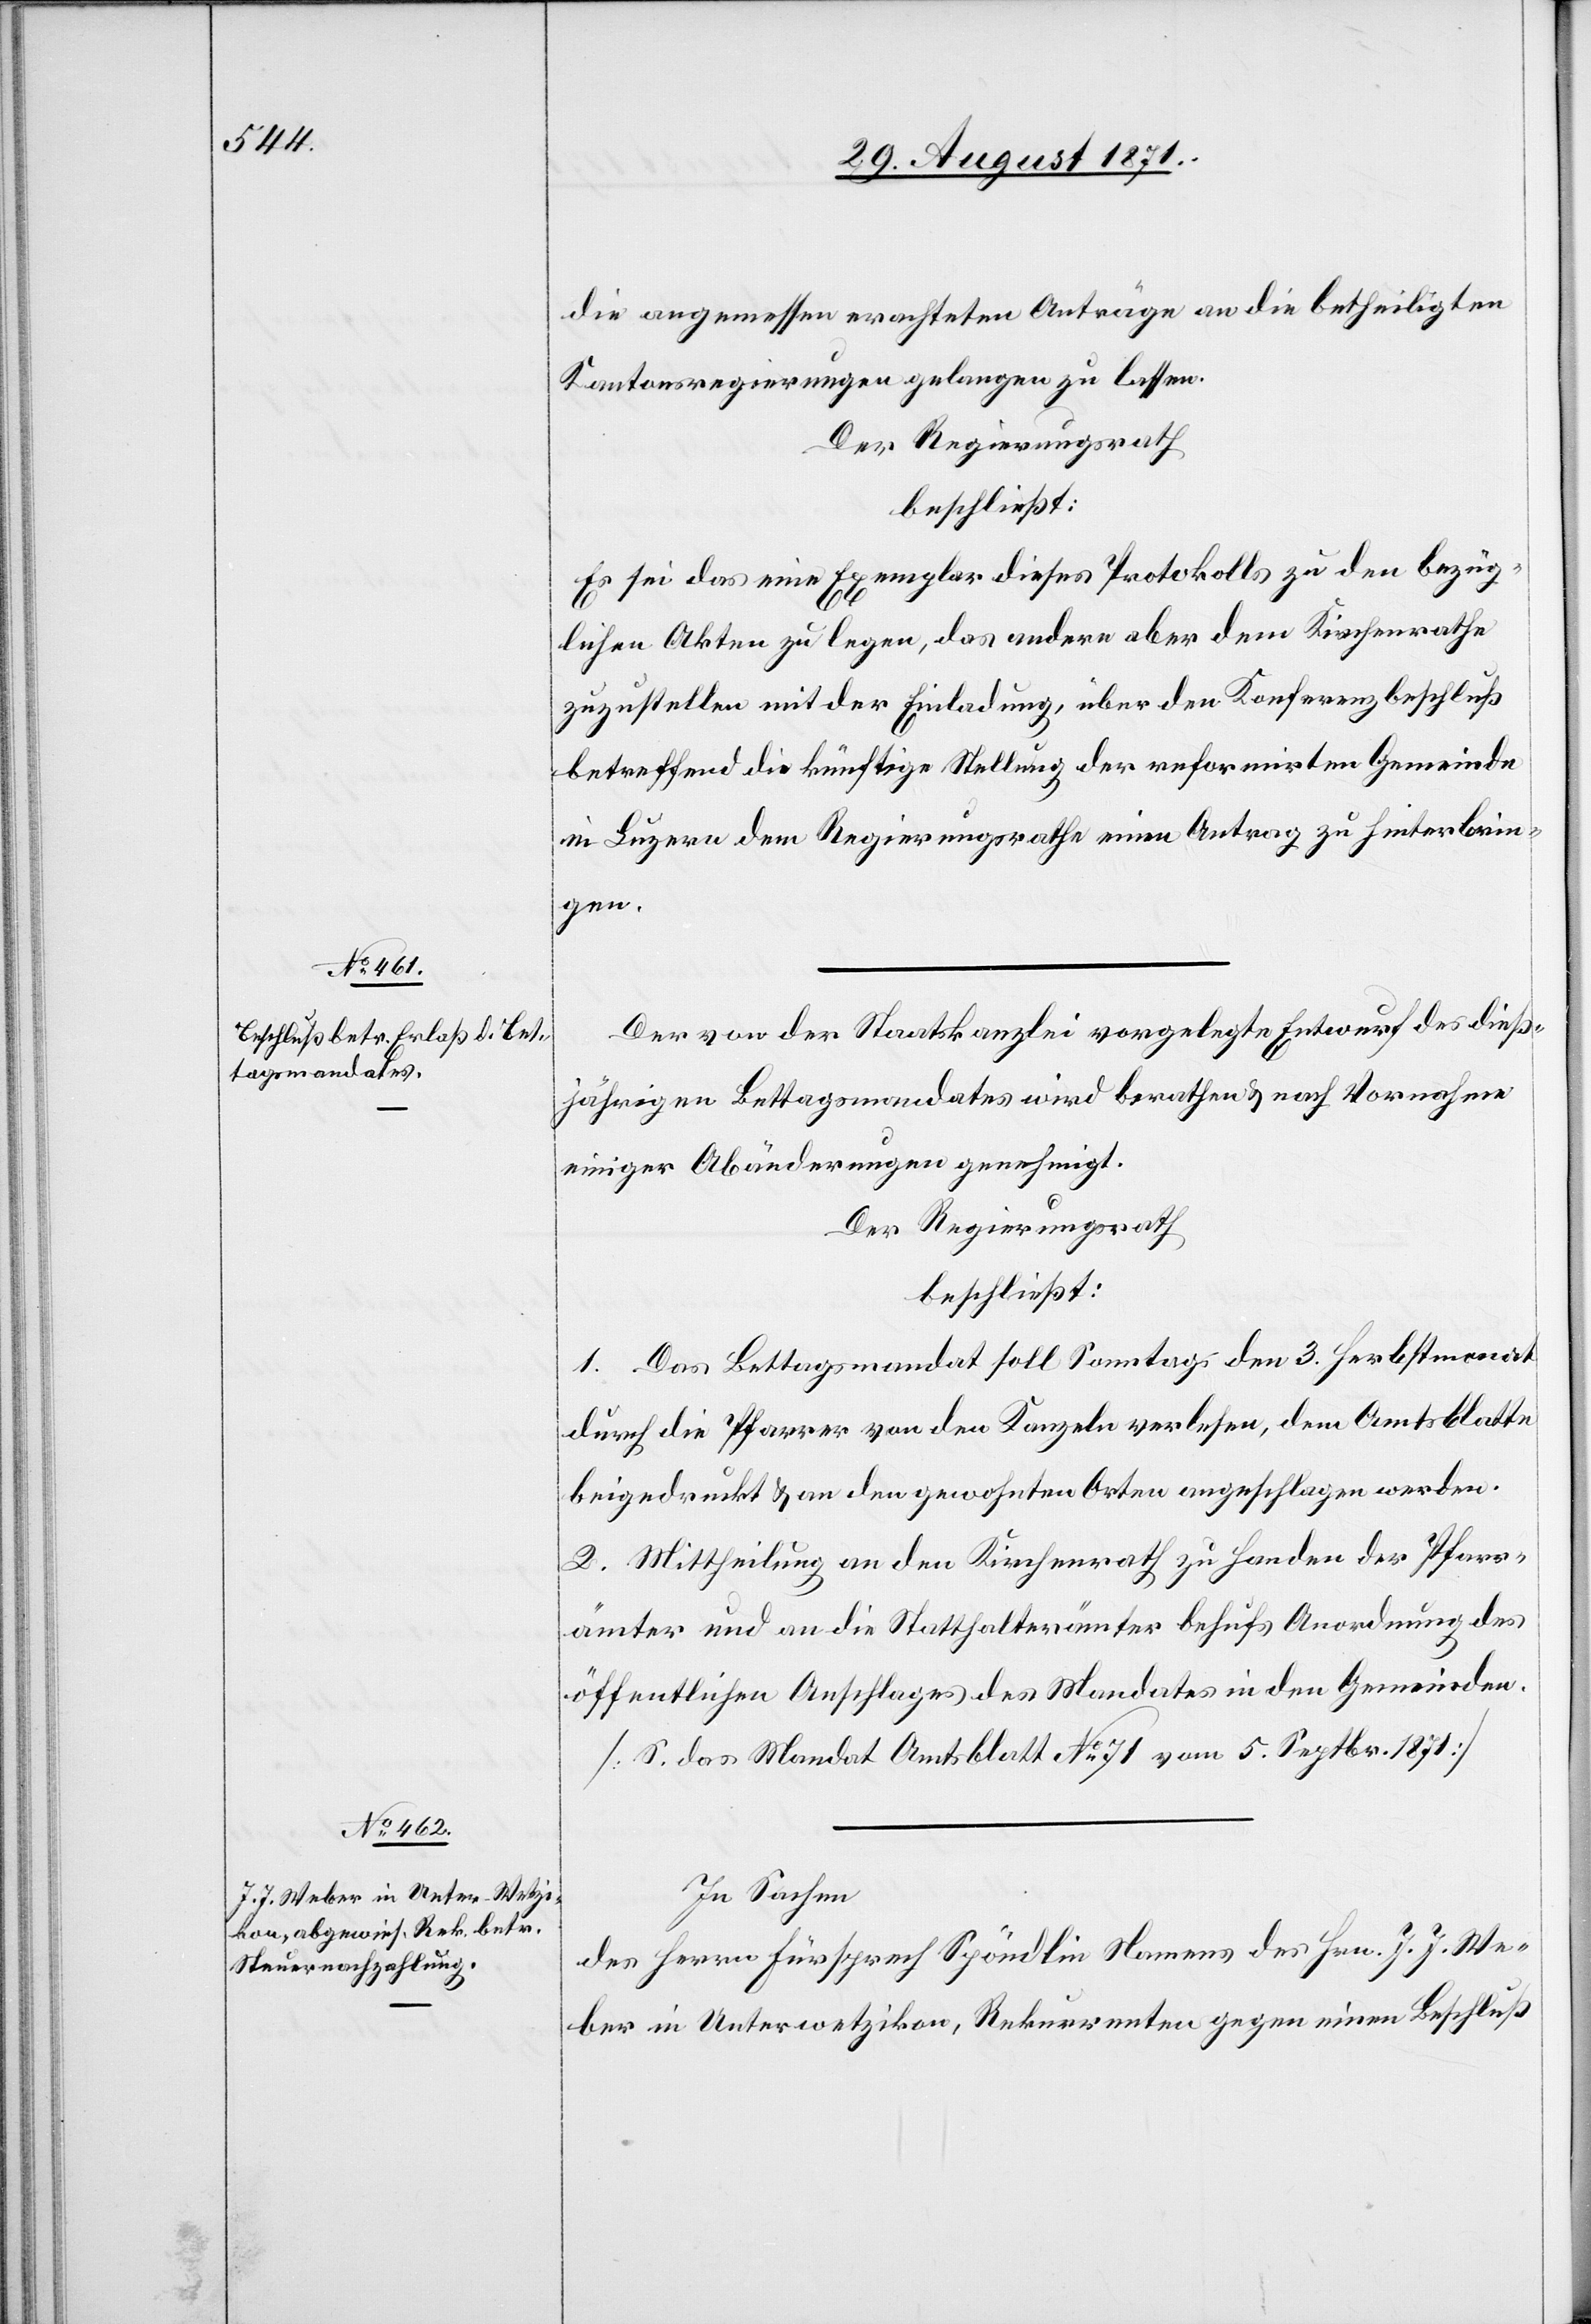
die angemessen erachteten Anträge an die betheiligten
Kantonsregierungen gelangen zu lassen.
Der Regierungsrath
beschließt:
Es sei das eine Exemplar dieses Protokolls zu den bezüg¬
lichen Akten zu legen, das andere aber dem Kirchenrathe
zuzustellen mit der Einladung, über den Konferenzbeschluß
betreffend die künftige Stellung der reformirten Gemeinde
in Luzern dem Regierungsrathe einen Antrag zu hinterbrin¬
gen.
Der von der Staatskanzlei vorgelegte Entwurf des dieß¬
jährigen Bettagsmandates wird berathen & nach Vornahme
einiger Abänderungen genehmigt.
Der Regierungsrath
beschließt:
1. Das Bettagsmandat soll Sonntags den 3. Herbstmonat
durch die Pfarrer von den Kanzeln verlesen, dem Amtsblatte
beigedruckt & an den gewohnten Orten angeschlagen werden.
2. Mittheilung an den Kirchenrath zu Handen der Pfarr¬
ämter und an die Statthalterämter behufs Anordnung des
öffentlichen Anschlages des Mandates in den Gemeinden.
[S. das Mandat Amtsblatt No 71 vom 5. Septbr. 1871]
In Sachen
des Herren Fürsprech Spöndlin Namens des Hrn. J. J. We¬
ber in Unterwetzikon, Rekurrenten gegen einen Beschluß